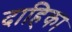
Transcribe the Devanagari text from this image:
दाहिका